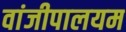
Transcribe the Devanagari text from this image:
वांजीपालयम